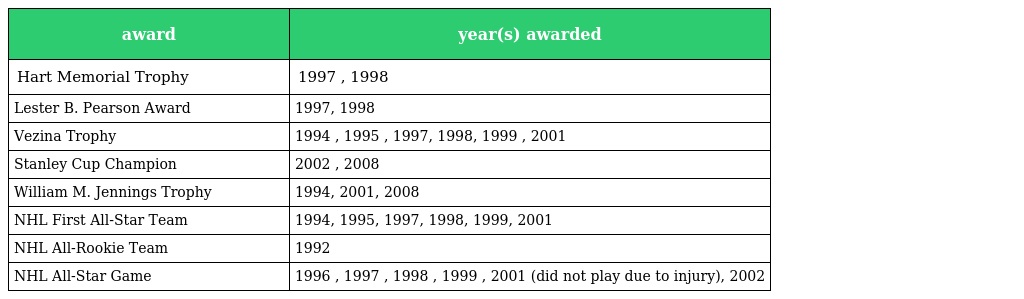
| award | year(s) awarded |
 | --- | --- |
 | Hart Memorial Trophy | 1997 , 1998 |
 | Lester B. Pearson Award | 1997, 1998 |
 | Vezina Trophy | 1994 , 1995 , 1997, 1998, 1999 , 2001 |
 | Stanley Cup Champion | 2002 , 2008 |
 | William M. Jennings Trophy | 1994, 2001, 2008 |
 | NHL First All-Star Team | 1994, 1995, 1997, 1998, 1999, 2001 |
 | NHL All-Rookie Team | 1992 |
 | NHL All-Star Game | 1996 , 1997 , 1998 , 1999 , 2001 (did not play due to injury), 2002 |